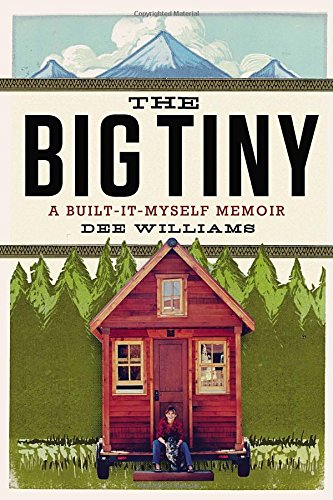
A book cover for The Big Tiny: A Built-It-Myself Memoir; Dee Williams; Crafts, Hobbies & Home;